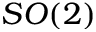
S O ( 2 )